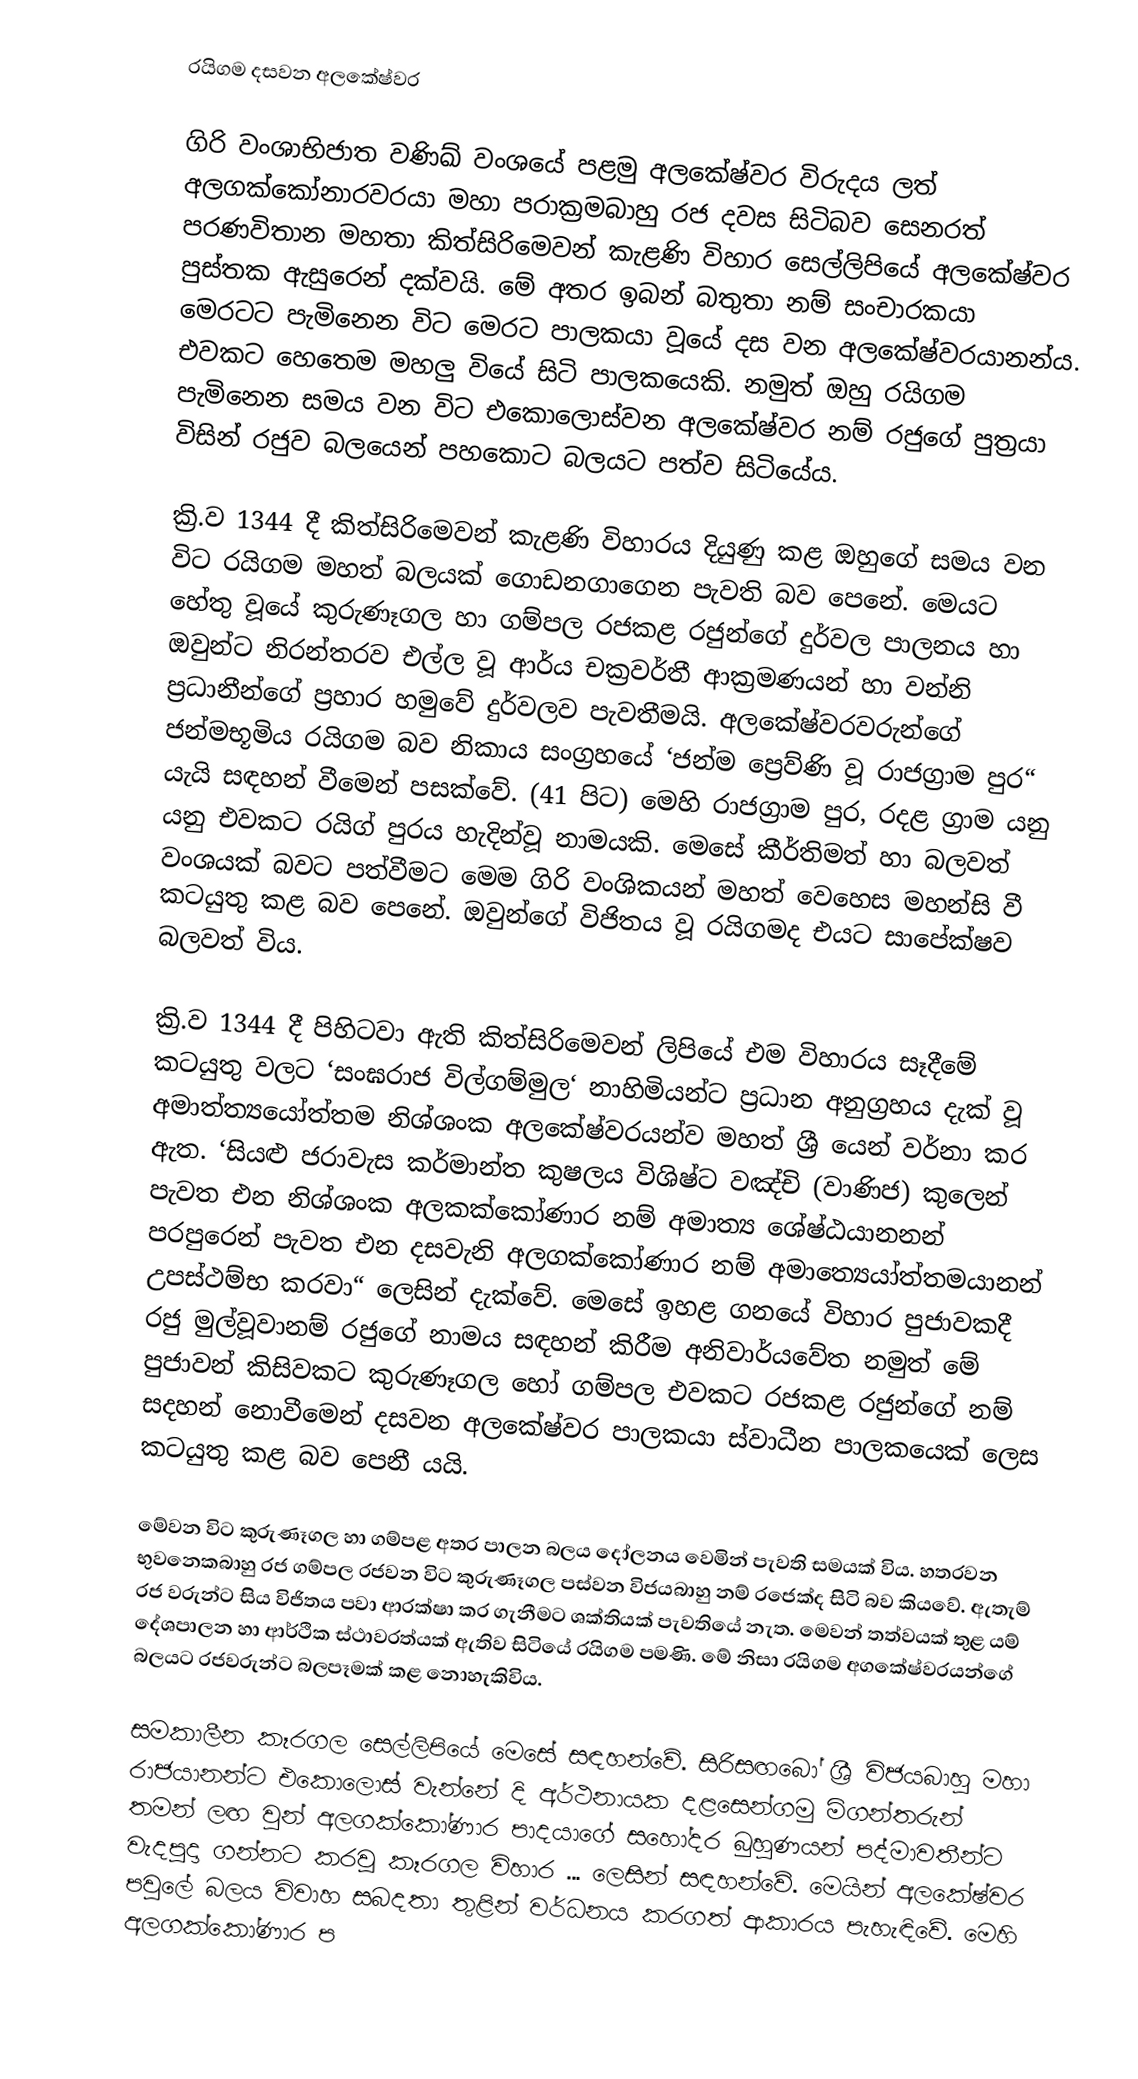
රයිගම දසවන අලකේෂ්වර

ගිරි වංශාභිජාත වණිඛ් වංශයේ පළමු අලකේෂ්වර විරුදය ලත් අලගක්කෝනාරවරයා මහා පරාක්‍රමබාහු රජ දවස සිටිබව සෙනරත් පරණවිතාන මහතා කිත්සිරිමෙවන් කැළණි විහාර සෙල්ලිපියේ අලකේෂ්වර පුස්තක ඇසුරෙන් දක්වයි. මේ අතර ඉබන් බතුතා නම් සංචාරකයා මෙරටට පැමිනෙන විට මෙරට පාලකයා වූයේ දස වන අලකේෂ්වරයානන්ය. එවකට හෙතෙම මහලු වියේ සිටි පාලකයෙකි. නමුත් ඔහු රයිගම පැමිනෙන සමය වන විට එකොලොස්වන අලකේෂ්වර නම් රජුගේ පුත්‍රයා විසින් රජුව බලයෙන් පහකොට බලයට පත්ව සිටියේය.

ක්‍රි.ව 1344 දී කිත්සිරිමෙවන් කැළණි විහාරය දියුණු කළ ඔහුගේ සමය වන විට රයිගම මහත් බලයක් ගොඩනගාගෙන පැවති බව පෙනේ. මෙයට හේතු වූයේ කුරුණෑගල හා ගම්පල රජකළ රජුන්ගේ දුර්වල පාලනය හා ඔවුන්ට නිරන්තරව එල්ල වූ ආර්ය චක්‍රවර්තී ආක්‍රමණයන් හා වන්නි ප්‍රධානීන්ගේ ප්‍රහාර හමුවේ දුර්වලව පැවතීමයි.  අලකේෂ්වරවරුන්ගේ  ජන්මභූමිය රයිගම බව නිකාය සංග්‍රහයේ ‘ජන්ම ප්‍රෙව්ණි වූ රාජග්‍රාම පුර“ යැයි සඳහන් වීමෙන් පසක්වේ. (41 පිට) මෙහි රාජග්‍රාම පුර, රදළ ග්‍රාම යනු යනු එවකට රයිග් පුරය හැදින්වූ නාමයකි. මෙසේ කීර්තිමත් හා බලවත් වංශයක් බවට පත්වීමට මෙම ගිරි වංශිකයන් මහත් වෙහෙස මහන්සි වී කටයුතු කළ බව පෙනේ. ඔවුන්ගේ විජිතය වූ රයිගමද එයට සාපේක්ෂව  බලවත් විය.

ක්‍රි.ව 1344 දී පිහිටවා ඇති කිත්සිරිමෙවන් ලිපියේ එම විහාරය සෑදීමේ කටයුතු වලට ‘සංඝරාජ විල්ගම්මුල‘ නාහිමියන්ට ප්‍රධාන අනුග්‍රහය දැක් වූ අමාත්‍ත්‍යයෝත්තම නිශ්ශංක අලකේෂ්වරයන්ව මහත් ශ්‍රී යෙන් වර්නා කර ඇත. ‘සියළු ජරාවැස කර්මාන්ත කුෂලය විශිෂ්ට වඤ්චි (වාණිජ) කුලෙන් පැවත එන නිශ්ශංක අලකක්කෝණාර නම් අමාත්‍ය ශේෂ්ඨයානනන් පරපුරෙන් පැවත එන දසවැනි අලගක්කෝණාර නම් අමාත්‍යෙයා්ත්තමයානන් උපස්ථම්භ කරවා“ ලෙසින් දැක්වේ. මෙසේ ඉහළ ගනයේ විහාර පුජාවකදී රජු මුල්වූවානම් රජුගේ නාමය සඳහන් කිරීම අනිවාර්යවේත නමුත් මේ පුජාවන් කිසිවකට කුරුණෑගල හෝ ගම්පල එවකට රජකළ රජුන්ගේ නම් සදහන් නොවීමෙන් දසවන අලකේෂ්වර පාලකයා ස්වාධීන පාලකයෙක් ලෙස කටයුතු කළ බව පෙනී යයි.

මේවන විට කුරුණෑගල හා  ගම්පළ අතර පාලන බලය දෝලනය වෙමින් පැවති සමයක් විය. හතරවන භුවනෙකබාහු රජ ගම්පල රජවන විට කුරුණෑගල පස්වන විජයබාහු නම් රජෙක්ද සිටි බව කියවේ.  ඇතැම් රජ වරුන්ට සිය විජිතය පවා ආරක්ෂා කර ගැනීමට ශක්තියක් පැවතියේ නැත. මෙවන් තත්වයක් තුළ යම් දේශපාලන හා ආර්ථික ස්ථාවරත්යක් ඇතිව සිටියේ රයිගම පමණි. මේ නිසා රයිගම අගකේෂ්වරයන්ගේ බලයට රජවරුන්ට බලපෑමක් කළ නොහැකිවිය.

 සමකාලීන කෑරගල සෙල්ලිපියේ මෙසේ සඳහන්වේ. සිරිසඟබෝ ශ්‍රී විජයබාහු  මහා රාජයානන්ට එකොලොස් වැන්නේ දි අර්ථනායක දළසෙන්ගමු මිගන්තරුන් තමන් ලඟ වුන් අලගක්කෝණාර පාදයාගේ සහෝදර බුහුණයන් පද්මාවතීන්ට වැදපුදා ගන්නට කරවූ කෑරගල විහාර ... ලෙසින් සඳහන්වේ. මෙයින් අලකේෂ්වර පවුලේ බලය විවාහ සබදතා තුළින් වර්ධනය කරගත් ආකාරය පැහැඳිවේ. මෙහි අලගක්කෝණාර ප